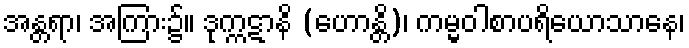
အန္တရာ၊ အကြား၌။ ဒုက္ကဋာနိ (ဟောန္တိ)၊ ကမ္မဝါစာပရိယောသာနေ၊